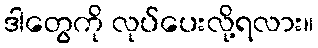
ဒါတွေကို လုပ်ပေးလို့ရလား။